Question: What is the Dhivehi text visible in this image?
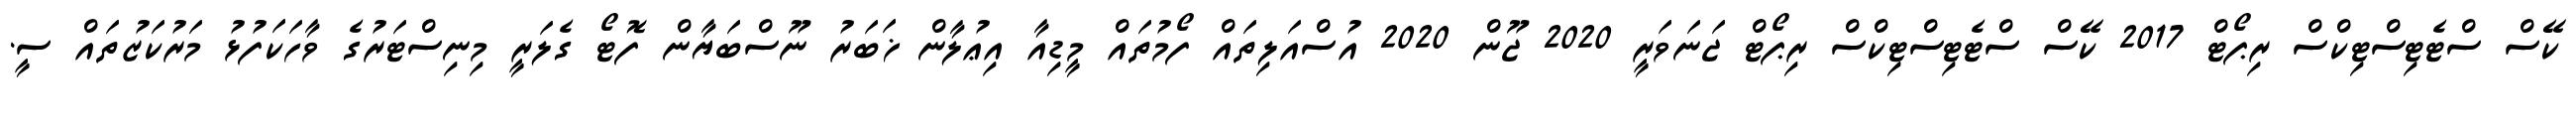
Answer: ކޭސް ސްޓެޓިސްޓިކްސް ރިޕޯޓް 2017 ކޭސް ސްޓެޓިސްޓިކްސް ރިޕޯޓް ޖަނަވަރީ 2020 ޖޫން 2020 އުސްއަލިތައް ފޯމުތައް މީޑިއާ އިޢުލާން ޚަބަރު ނޫސްބަޔާން ފޮޓޯ ގެލަރީ މިނިސްޓަރުގެ ވާހަކަފުޅު މަރުކަޒުތައް ސީ.